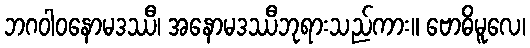
ဘဂဝါဝနောမဒဿီ၊ အနောမဒဿီဘုရားသည်ကား။ ဗောဓိမူလေ၊